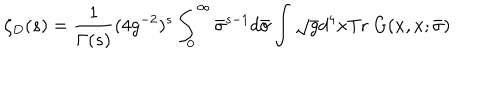
LaTeX: \zeta _ { D } ( s ) = \frac { 1 } { \Gamma ( s ) } ( 4 g ^ { - 2 } ) ^ { s } \int _ { 0 } ^ { \infty } \bar { \sigma } ^ { s - 1 } d \bar { \sigma } \int \sqrt { g } d ^ { 4 } x \mathrm { T r } ~ G ( x , x ; \bar { \sigma } )